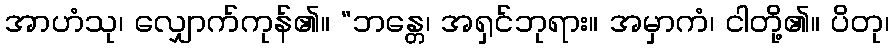
အာဟံသု၊ လျှောက်ကုန်၏။ “ဘန္တေ၊ အရှင်ဘုရား။ အမှာကံ၊ ငါတို့၏။ ပိတု၊